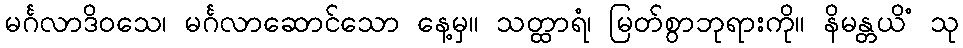
မင်္ဂလာဒိဝသေ၊ မင်္ဂလာဆောင်သော နေ့မှ။ သတ္ထာရံ၊ မြတ်စွာဘုရားကို။ နိမန္တယိံ သု